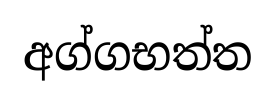
අග්ගභත්ත